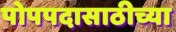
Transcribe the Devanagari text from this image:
पोपपदासाठीच्या